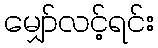
မျှော်လင့်ရင်း